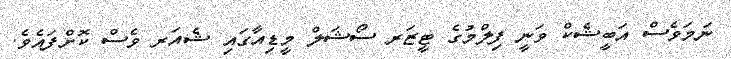
ނަމަވެސް އަބީޝެކް ވަނީ ފިލްމުގެ ޓީޒަރ ސޯޝަލް މީޑިއާގައި ޝެއަރ ވެސް ކޮށްފައެވެ.